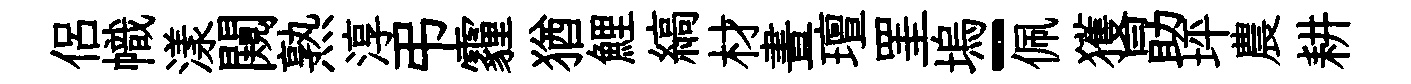
侶幟漾闚熟淳弔霾猶鯉縞材晝璮罣塢-佩獲勗坪農耕